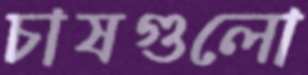
চাষগুলো